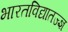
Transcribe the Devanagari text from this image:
भारतविद्यातज्ज्ञ